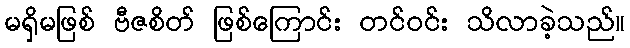
မရှိမဖြစ် ဗီဇစိတ် ဖြစ်ကြောင်း တင်ဝင်း သိလာခဲ့သည်။